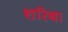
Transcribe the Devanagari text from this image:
शरिबा